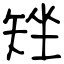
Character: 矬